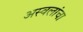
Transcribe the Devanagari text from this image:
अस्वलांचा